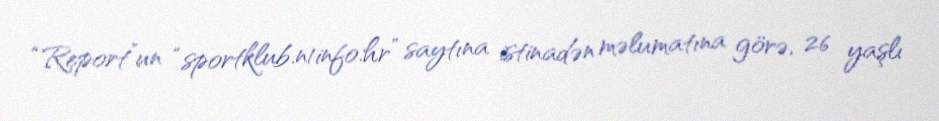
“Report”un “sportklub.n1info.hr” saytına istinadən məlumatına görə, 26 yaşlı